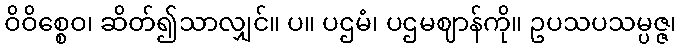
ဝိဝိစ္စေဝ၊ ဆိတ်၍သာလျှင်။ ပ။ ပဌမံ၊ ပဌမဈာန်ကို။ ဥပသပသမ္ပဇ္ဇ၊